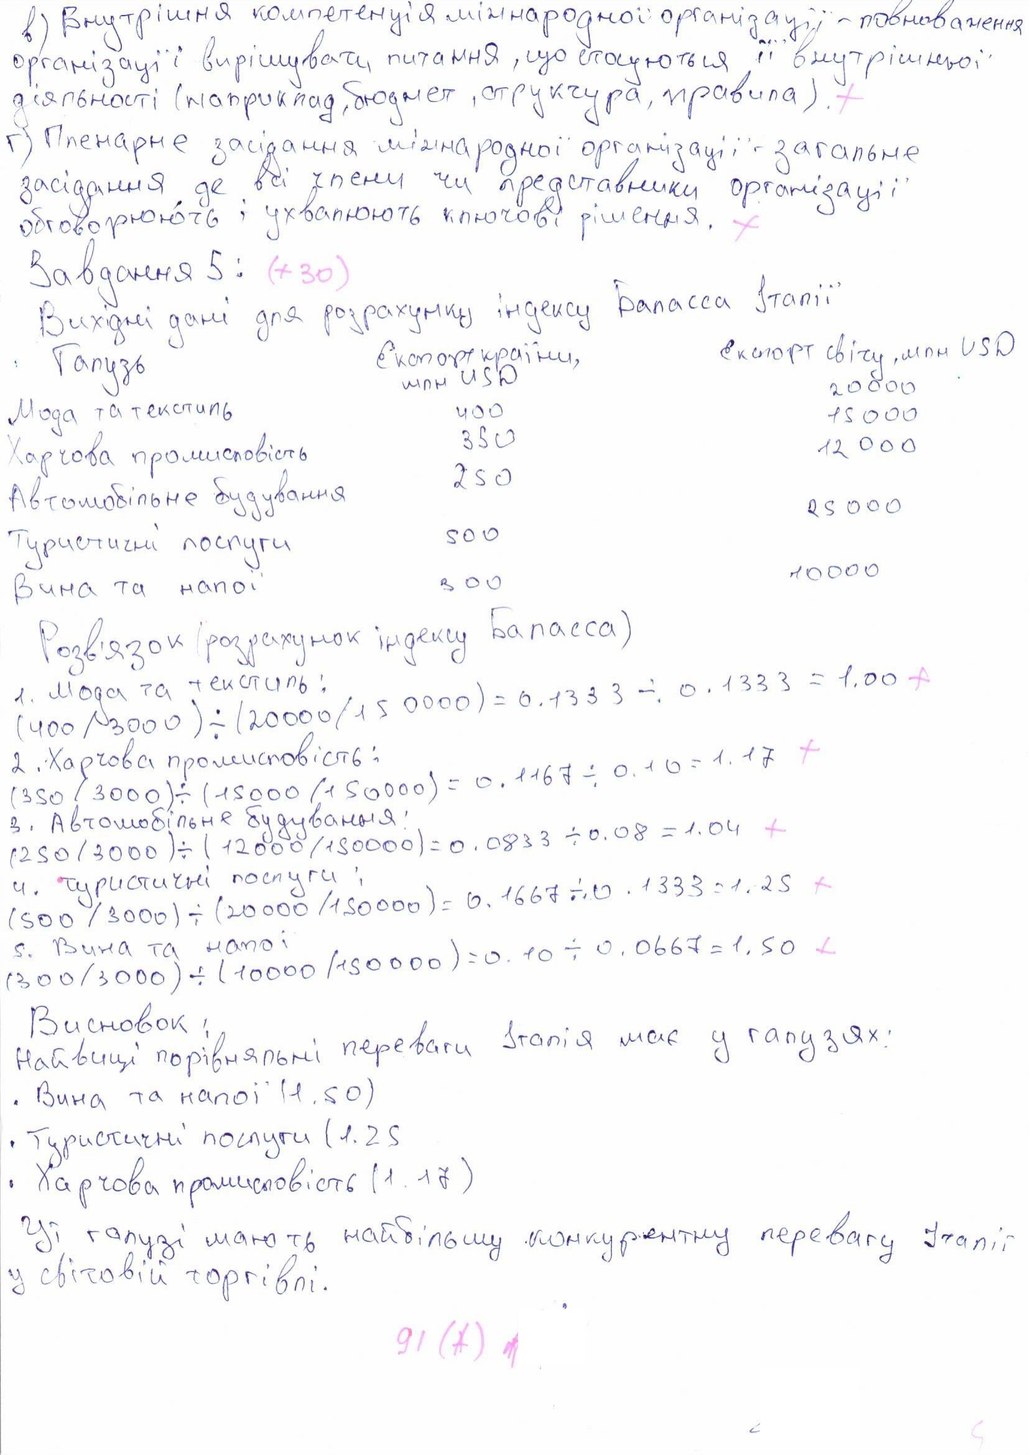
в) Внутрішня компетенція міжнародної організації - повноваження
організації і вирішувати питання, що стосуються її внутрішньої
діяльності (наприклад, бюджет, структура, правила).
+
г) Пленарне засідання міжнародної організації - загальне
засідання де всі члени чи представники організації
обговорюють і ухвалюють ключові рішення.
+
Завдання 5:
(+30)
Вихідні дані для розрахунку індексу Баласса Італії
Гапузь | Експорт країни, млн USD | експорт світу, млн USD
Мода та текстиль | 400 | 2000
Харчова промисловість | 350 | 15000
Автомобільне будування | 250 | 12 000
Туристичні послуги | 500 | 25 000
Вина та напої | 300 | 1000
Розв'язок (розрахунок індексу Баласса)
( 400 / 3000 ) ÷ (2000/15000) = 0.1333 ÷ 0.1333 = 1.00
+
1. Мода та текстиль:
2. Харчова промисловість:
+
(350 / 3000) ÷ (15000 / 15000) = 0,1167 ÷ 0,10 = 1,17
3. Автомобильне будування:
+
(250/3000) ÷ (12000/15000) = 0.0833 ÷ 0.08= 1.4
(500 / 3000) ÷ (2000 / 15000 ) = 0,1667 ÷ 0,1333 = 1,25
4. Туристичні послуги:
+
(300/3000) ÷ (1000 / 15000) = 0,10 ÷ 0.667 = 1,50
5. Вина та напої:
+
Висновок:
найвищі порівняльні переваги Італія має у галузях
•Вина та напої (1,50)
• Туристичні послуги (1.25)
• Харчова промисловість (1. 17)
Ці галузі мають найбільшу конкурентну перевагу Італії у світовій торгівлі
у світовій торгівлі.
g1 (*)